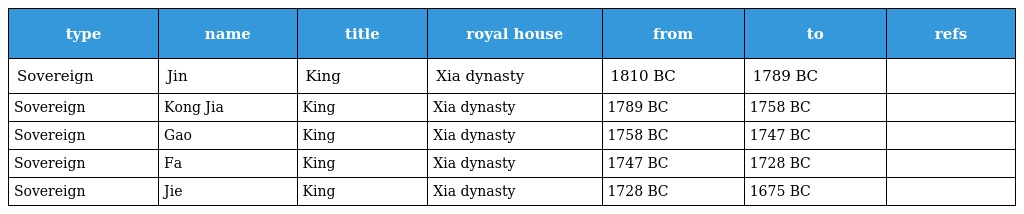
| type | name | title | royal house | from | to | refs |
 | --- | --- | --- | --- | --- | --- | --- |
 | Sovereign | Jin | King | Xia dynasty | 1810 BC | 1789 BC |  |
 | Sovereign | Kong Jia | King | Xia dynasty | 1789 BC | 1758 BC |  |
 | Sovereign | Gao | King | Xia dynasty | 1758 BC | 1747 BC |  |
 | Sovereign | Fa | King | Xia dynasty | 1747 BC | 1728 BC |  |
 | Sovereign | Jie | King | Xia dynasty | 1728 BC | 1675 BC |  |